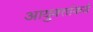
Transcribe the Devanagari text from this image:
आयुक्‍तांकडे